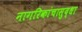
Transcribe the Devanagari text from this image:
नागरिकांचासुद्धा